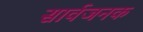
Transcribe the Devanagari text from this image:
सार्वजनक